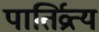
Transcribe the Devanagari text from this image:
पातिर्व्रत्य